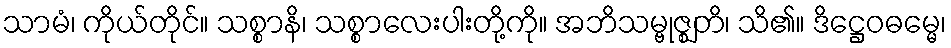
သာမံ၊ ကိုယ်တိုင်။ သစ္စာနိ၊ သစ္စာလေးပါးတို့ကို။ အဘိသမ္ဗုဇ္ဈတိ၊ သိ၏။ ဒိဋ္ဌေဝဓမ္မေ၊